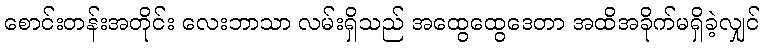
စောင်းတန်းအတိုင်း လေးဘာသာ လမ်းရှိသည် အထွေထွေဒေတာ အထိအခိုက်မရှိခဲ့လျှင်